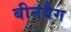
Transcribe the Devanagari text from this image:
बीनबैग